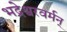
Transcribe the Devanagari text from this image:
भद्रेश्वरवर्मन्